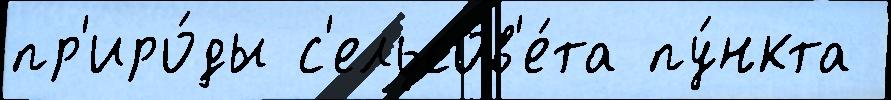
пр'иро́ды с'ельсов'е́та пу́нкта